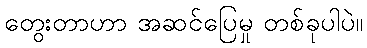
တွေးတာဟာ အဆင်ပြေမှု တစ်ခုပါပဲ။